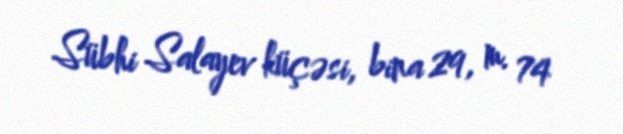
Sübhi Salayev küçəsi, bina 29, m. 74